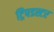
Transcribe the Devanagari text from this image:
ट्रिपडस्टर